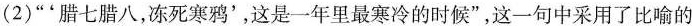
(2)”'腊七腊八，冻死寒鸦'，这是一年里最寒冷的时候”，这一句中采用了比喻的